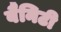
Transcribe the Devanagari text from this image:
बैनिटी